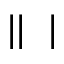
| | \bigstar \bigstar | \bigstar